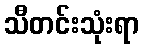
သီတင်းသုံးရာ